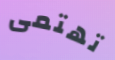
تهتمى